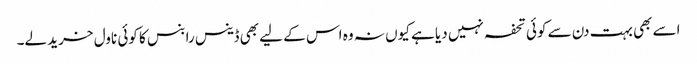
اسے بھی بہت دن سے کوئی تحفہ نہیں دیا ہے کیوں نہ وہ اس کے لیے بھی ڈینس رابنس کا کوئی ناول خرید لے۔